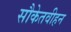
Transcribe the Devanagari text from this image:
सौकेतवीहन